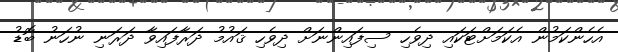
އެހެންކަމުން އެކަމަށްޓަކައި ދިވެހި ސިފައިންނަށް ދިވެހި ޤައުމު ދަރާފައިވާ ދަރަނި ނުހަނު ބޮޑު